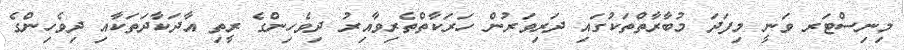
މިނިސްޓަރ ވަނީ މިފަދަ މުބާރާތްތަކުގައި ދަރިވަރުން ހަރަކާތްތެރިވާއިރު ދިވެހިންގެ ރީތި އާދަކާދަތަކާއި ދިވެހިންގެ